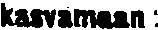
kasvamaan: